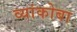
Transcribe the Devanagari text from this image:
व्यांकोबा